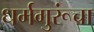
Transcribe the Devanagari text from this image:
धर्मगुरूंचा